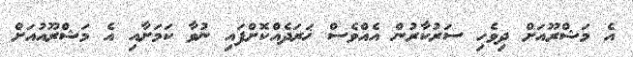
އެ މަޝްރޫއަށް ދިވެހި ސަރުކާރުން އެއްވެސް ޚަރަދެއްކޮށްފައި ނުވާ ކަމަށާއި އެ މަޝްރޫއުއަށް